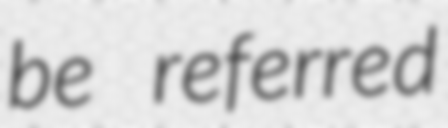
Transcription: be referred